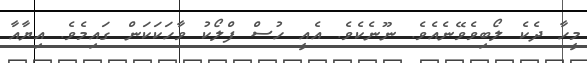
މީހާ ދެކެ ލޯބިވެވޭނެއެވެ. ނޫނެކެވެ. އެއީ ހުސް ފްލޯކު ވާހަކަކަން ގައިމެވެ. އިޔާއާ